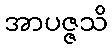
အာပဇ္ဇသိ